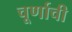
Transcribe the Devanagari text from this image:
चूर्णाची